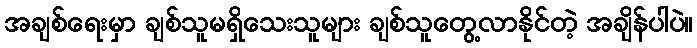
အချစ်ရေးမှာ ချစ်သူမရှိသေးသူများ ချစ်သူတွေ့လာနိုင်တဲ့ အချိန်ပါပဲ။